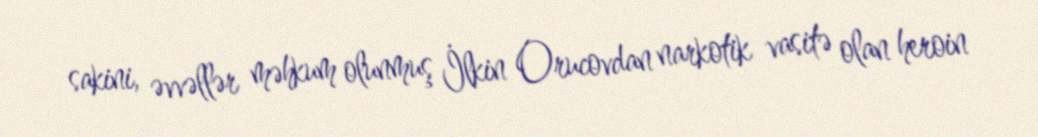
sakini, əvvəllər məhkum olunmuş İlkin Orucovdan narkotik vasitə olan heroin